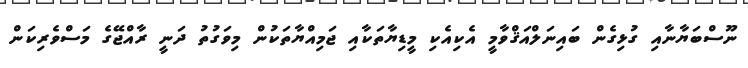
ނޫސްބަޔާނާއި ގުޅިގެން ބައިނަލްއަޤްވާމީ އެކިއެކި މީޑިޔާތަކާއި ޖަމިއްޔާތަކުން މިވަގުތު ދަނީ ރާއްޖޭގެ މަސްވެރިކަން